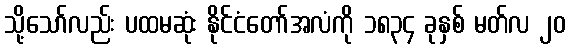
သို့သော်လည်း ပထမဆုံး နိုင်ငံတော်အလံကို ၁၈၃၄ ခုနှစ် မတ်လ ၂၀